Lunatic asylums Madras 1877-1891 - 1877-1891
Year: 1877
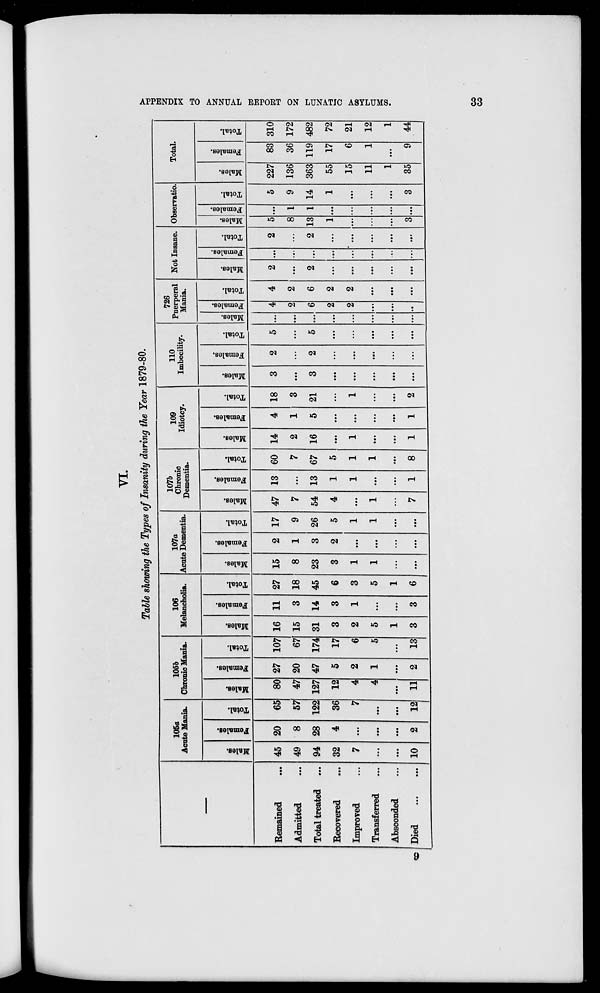
APPENDIX TO ANNUAL REPORT ON LUNATIC ASYLUMS.
33
VI.
Table showing the Types of Insanity during the Year 1879-80.
Remained
...
Admitted ...
Total treated ...
Recovered ...
Improved ...
Transferred ...
Absconded ...
Died
...
...
105a
Acute Mania.
Males.
45
49
94
32
7
...
...
10
Females.
20
8
28
4
...
...
...
2
Total.
65
57
122
36
7
...
...
12
105b
Chronic Mania.
Males.
80
47
127
12
4
4
...
11
Females.
27
20
47
5
2
1
...
2
Total.
107
67
174
17
6
5
...
13
106
Melancholia.
Males.
16
15
31
3
2
5
1
3
Females.
11
3
14
3
1
...
...
3
Total.
27
18
45
6
3
5
1
6
107a
Acute Dementia.
Males.
15
8
23
3
1
1
...
...
Females.
2
1
3
2
...
...
...
...
Total.
17
9
26
5
1
1
...
...
107b
Chronic
Dementia.
Males.
47
7
54
4
...
1
...
7
Females.
13
...
13
1
1
...
...
1
Total.
60
7
67
5
1
1
...
8
109
Idiotcy.
Males.
14
2
16
...
1
...
...
1
Females.
4
1
5
...
...
...
...
1
Total.
18
3
21
...
1
...
...
2
110
Imbecility.
Males.
3
...
3
...
...
...
...
...
Females.
2
...
2
...
...
...
...
...
Total.
5
...
5
...
...
...
...
...
726
Puerperal
Mania.
Males.
...
...
...
...
...
...
...
...
Females.
4
2
6
2
2
...
...
...
Total.
4
2
6
2
2
...
...
...
Not Insane.
Males.
2
...
2
...
...
...
...
...
Females.
...
...
...
...
...
...
...
...
Total.
2
...
2
...
...
...
...
...
Observatio.
Males.
5
8
13
1
...
...
...
3
Females.
...
1
1
...
...
...
...
...
Total.
5
9
14
1
...
...
...
3
Total.
Males.
227
136
363
55
15
11
1
35
Females.
83
36
119
17
6
1
...
9
Total.
310
172
482
72
21
12
1
44
9